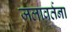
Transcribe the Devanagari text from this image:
जलावर्तना